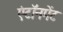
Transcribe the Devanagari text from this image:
एंटॉनमेंट